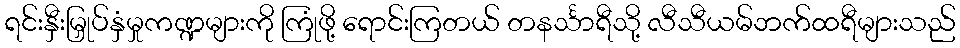
ရင်းနှီးမြှုပ်နှံမှုကဏ္ဍများကို ကြုံဖို့ ရောင်းကြတယ် တနင်္သာရီသို့ လီသီယမ်ဘက်ထရီများသည်